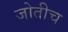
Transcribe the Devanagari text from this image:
जोतीच